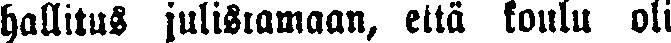
hallitus julistamaan, että koulu oli